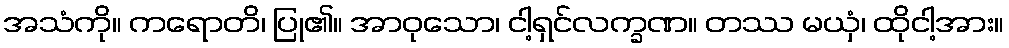
အသံကို။ ကရောတိ၊ ပြု၏။ အာဝုသော၊ ငါ့ရှင်လက္ခဏ။ တဿ မယှံ၊ ထိုငါ့အား။